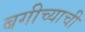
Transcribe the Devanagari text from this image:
बगीच्याची